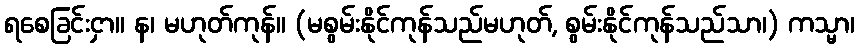
ရစေခြင်းငှာ။ န၊ မဟုတ်ကုန်။ (မစွမ်းနိုင်ကုန်သည်မဟုတ်, စွမ်းနိုင်ကုန်သည်သာ၊) ကသ္မာ၊